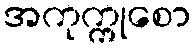
အကုက္ကုစော